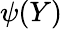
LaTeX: \psi(Y)